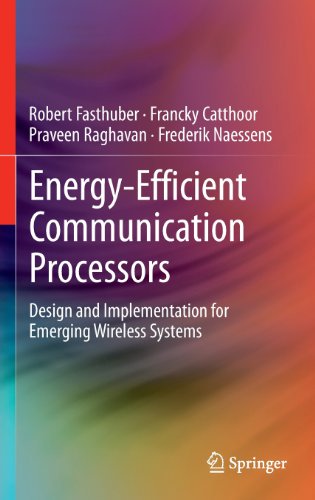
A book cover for Energy-Efficient Communication Processors: Design and Implementation for Emerging Wireless Systems; Robert Fasthuber; Computers & Technology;